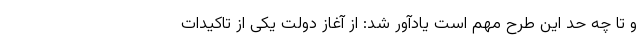
و تا چه حد این طرح مهم است یادآور شد: از آغاز دولت یکی از تاکیدات